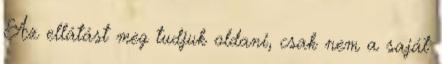
Az ellátást meg tudjuk oldani, csak nem a saját